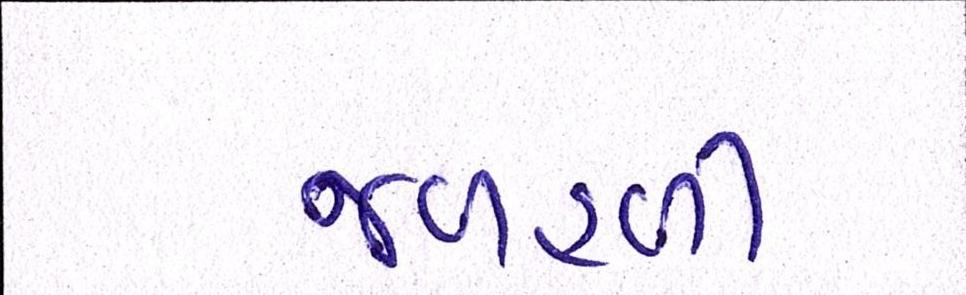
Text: જળહળી